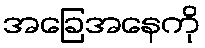
အခြေအနေကို